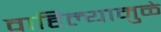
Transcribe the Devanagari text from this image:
वाहिल्यामुळे